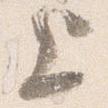
上